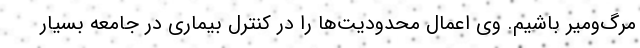
مرگ‌ومیر باشیم. وی اعمال محدودیت‌ها را در کنترل بیماری در جامعه بسیار